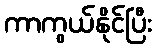
ကာကွယ်နိုင်ပြီး